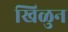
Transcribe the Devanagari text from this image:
खिळुन